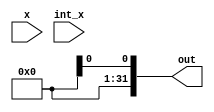
module diffor
(
		input wire [31:0] x,
        input wire [31:0] int_x,
		output wire [31:0] out // out = x*dt + int_x
);
	

	assign out = int_x_F0;
    //assign out = 32'h3f67b7cc;
endmodule